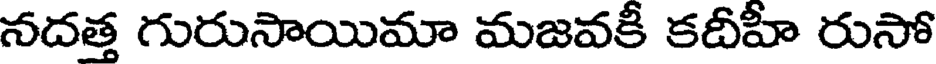
నదత్త గురుసాయిమా మజవకీ కదీహీ రుసో